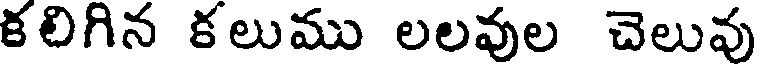
కలిగిన కలుము లలవుల చెలువు